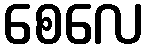
စေလေ